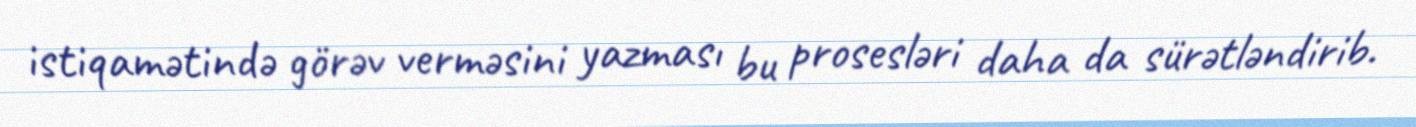
istiqamətində görəv verməsini yazması bu prosesləri daha da sürətləndirib.